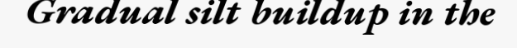
Gradual silt buildup in the